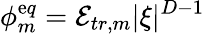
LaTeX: \phi_{m}^{\mathrm{e}q}=\mathcal{{E}}_{tr,m}|\xi|^{D-1}